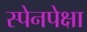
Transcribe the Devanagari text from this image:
स्पेनपेक्षा